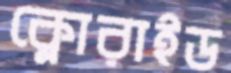
ক্লোরাইড